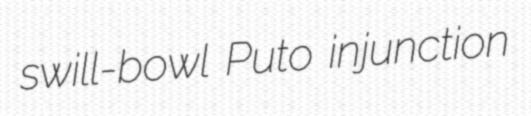
swill-bowl Puto injunction